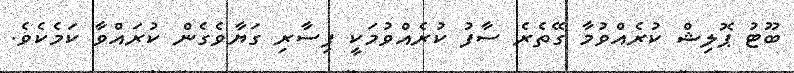
ބޫޓު ޕޮލިޝް ކުރެއްވުމާ ގޭތެރެ ސާފު ކުރެއްވުމަކީ ފިސާރި ގަޔާވެގެން ކުރައްވާ ކަމެކެވެ.